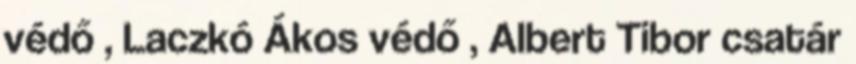
védő , Laczkó Ákos védő , Albert Tibor csatár